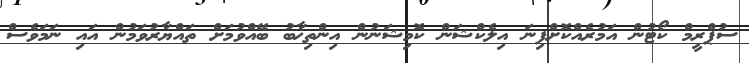
ސުޕްރީމް ކޯޓުން އަމުރެއްކޮށްފިނަ އިލެކްޝަން ކޮމިޝަނުން އިންތިޚާބު ބޭއްވުމަށް ތައްޔާރުވަމުން އައި ނަމަވެސް